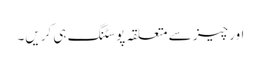
اور چیز سے متعلقہ پوسٹنگ ہی کریں۔